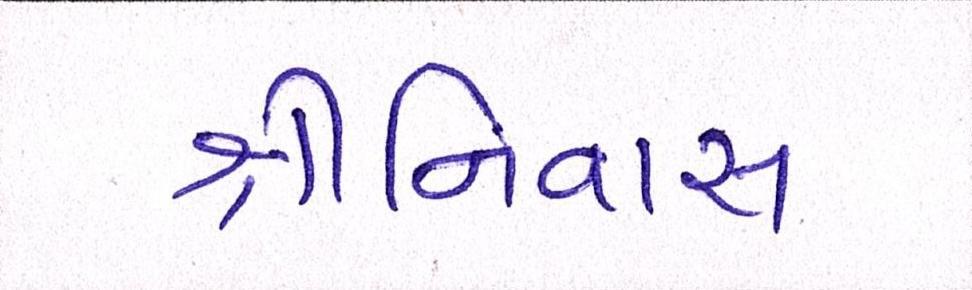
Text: શ્રીનિવાસ